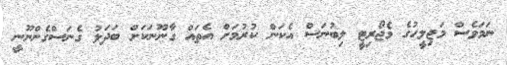
ނަމަވެސް މަޖިލީހުގެ މެޖޯރިޓީ ލިބުނަސް އެކަން ކުރުމަށް އެތައް ގާނޫނަކަށް ބަދަލު ގެނަސްގެންނޫނީ